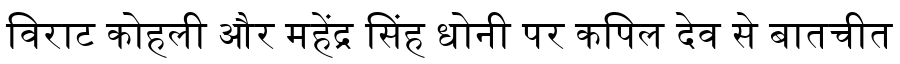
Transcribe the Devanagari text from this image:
विराट कोहली और महेंद्र सिंह धोनी पर कपिल देव से बातचीत